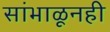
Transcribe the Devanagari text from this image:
सांभाळूनही